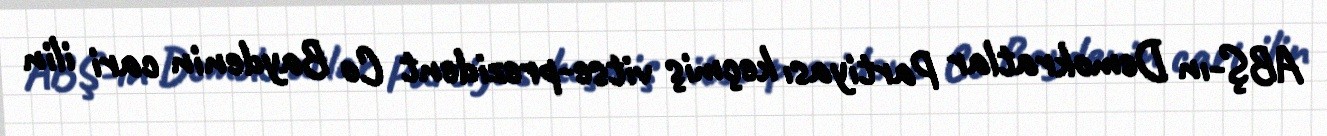
ABŞ-ın Demokratlar Partiyası keçmiş vitse-prezident Co Baydenin cari ilin